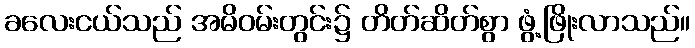
ခလေးငယ်သည် အမိဝမ်းတွင်း၌ တိတ်ဆိတ်စွာ ဖွံ့ဖြိုးလာသည်။